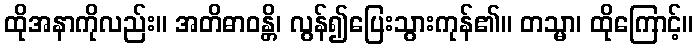
ထိုအနာကိုလည်း။ အတိဓာဝန္တိ၊ လွန်၍ပြေးသွားကုန်၏။ တသ္မာ၊ ထိုကြောင့်။